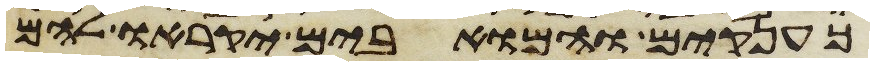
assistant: כענקים והמואבים יקראו להם